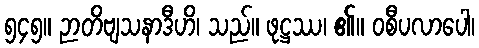
၅၄၅။ ဉာတိဗျသနာဒီဟိ၊ သည်။ ဖုဋ္ဌဿ၊ ၏။ ဝစီပလာပေါ၊